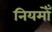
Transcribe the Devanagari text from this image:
नियमोँ